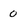
Character: 0